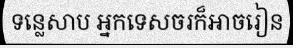
ទន្លេសាប អ្នកទេសចរក៏អាចរៀន